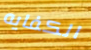
الكفايه